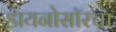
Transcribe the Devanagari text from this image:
डायनोसॉरचा